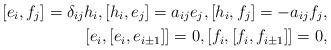
LaTeX: \begin{align*}[e_i,f_j]=\delta_{ij}h_i,[h_i,e_j]=a_{ij} e_j, [h_i,f_j]=-a_{ij} f_j, \\ [e_i,[e_i,e_{i\pm1}]]=0, [f_i,[f_i,f_{i\pm1}]]=0, \end{align*}